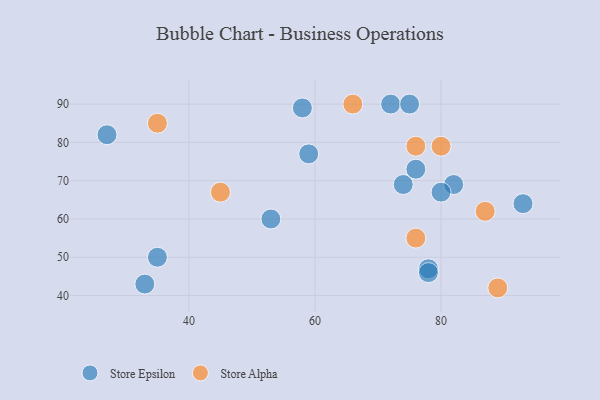
{"axis": {"x": "GDP", "y": "Life Expectancy"}, "legend": ["Store Alpha", "Store Epsilon"], "data": [{"x": "82", "y": 69, "type": "Store Epsilon"}, {"x": "78", "y": 47, "type": "Store Epsilon"}, {"x": "74", "y": 69, "type": "Store Epsilon"}, {"x": "80", "y": 67, "type": "Store Epsilon"}, {"x": "93", "y": 64, "type": "Store Epsilon"}, {"x": "72", "y": 90, "type": "Store Epsilon"}, {"x": "27", "y": 82, "type": "Store Epsilon"}, {"x": "53", "y": 60, "type": "Store Epsilon"}, {"x": "58", "y": 89, "type": "Store Epsilon"}, {"x": "75", "y": 90, "type": "Store Epsilon"}, {"x": "76", "y": 73, "type": "Store Epsilon"}, {"x": "59", "y": 77, "type": "Store Epsilon"}, {"x": "78", "y": 46, "type": "Store Epsilon"}, {"x": "35", "y": 50, "type": "Store Epsilon"}, {"x": "33", "y": 43, "type": "Store Epsilon"}, {"x": "45", "y": 67, "type": "Store Alpha"}, {"x": "76", "y": 79, "type": "Store Alpha"}, {"x": "87", "y": 62, "type": "Store Alpha"}, {"x": "66", "y": 90, "type": "Store Alpha"}, {"x": "76", "y": 55, "type": "Store Alpha"}, {"x": "89", "y": 42, "type": "Store Alpha"}, {"x": "35", "y": 85, "type": "Store Alpha"}, {"x": "80", "y": 79, "type": "Store Alpha"}]}